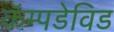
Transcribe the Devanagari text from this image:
कॅम्पडेविड